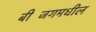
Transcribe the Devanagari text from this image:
बीजिंगमधील